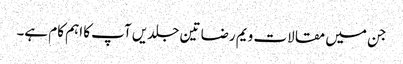
جن میں مقالات ویم رضا تین جلدیں آپ کا اہم کام ہے۔